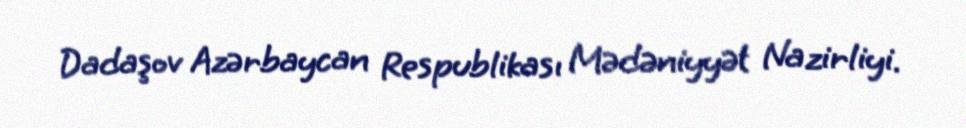
Dadaşov Azərbaycan Respublikası Mədəniyyət Nazirliyi.